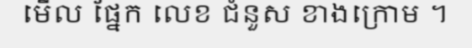
មើល ផ្នែក លេខ ជំនួស ខាងក្រោម ។